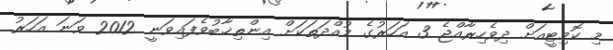
މި ކޮމިޓީއަށް ދިވެހިރާއްޖެ 3 އަހަރުގެ މުއްދަތަކަށް އިންތިޚާބުވެފައިވަނީ 2012 ވަނަ އަހަރު